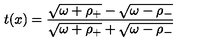
t ( x ) = { \frac { \sqrt { \omega + \rho _ { + } } - \sqrt { \omega - \rho _ { - } } } { \sqrt { \omega + \rho _ { + } } + \sqrt { \omega - \rho _ { - } } } }